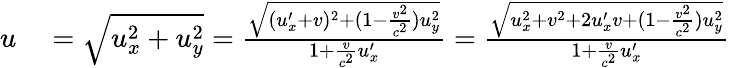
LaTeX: \begin{array}{rl}{u}&{{}={\sqrt{u_{x}^{2}+u_{y}^{2}}}={\frac{\sqrt{(u_{x}^{\prime}+v)^{2}+(1-{\frac{v^{2}}{c^{2}}})u_{y}^{2}}}{1+{\frac{v}{c^{2}}}u_{x}^{\prime}}}={\frac{\sqrt{u_{x}^{2}+v^{2}+2u_{x}^{\prime}v+(1-{\frac{v^{2}}{c^{2}}})u_{y}^{2}}}{1+{\frac{v}{c^{2}}}u_{x}^{\prime}}}}\end{array}